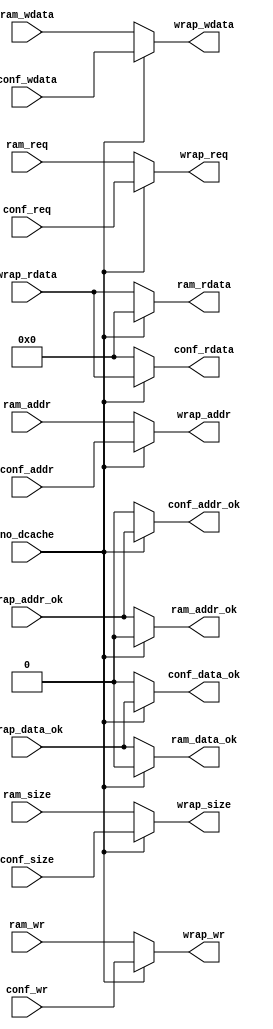
module bridge_2_1 (
    input no_dcache,

    input         ram_req     ,
    input         ram_wr      ,
    input  [1 :0] ram_size    ,
    input  [31:0] ram_addr    ,
    input  [31:0] ram_wdata   ,
    output [31:0] ram_rdata   ,
    output        ram_addr_ok ,
    output        ram_data_ok ,

    input         conf_req     ,
    input         conf_wr      ,
    input  [1 :0] conf_size    ,
    input  [31:0] conf_addr    ,
    input  [31:0] conf_wdata   ,
    output [31:0] conf_rdata   ,
    output        conf_addr_ok ,
    output        conf_data_ok ,

    output        wrap_req     ,
    output        wrap_wr      ,
    output [1 :0] wrap_size    ,
    output [31:0] wrap_addr    ,
    output [31:0] wrap_wdata   ,
    input  [31:0] wrap_rdata   ,
    input         wrap_addr_ok ,
    input         wrap_data_ok
);

    assign ram_rdata   = no_dcache ? 0 : wrap_rdata  ;
    assign ram_addr_ok = no_dcache ? 0 : wrap_addr_ok;
    assign ram_data_ok = no_dcache ? 0 : wrap_data_ok;

    assign conf_rdata   = no_dcache ? wrap_rdata   : 0;
    assign conf_addr_ok = no_dcache ? wrap_addr_ok : 0;
    assign conf_data_ok = no_dcache ? wrap_data_ok : 0;

    assign wrap_req   = no_dcache ? conf_req   : ram_req  ;
    assign wrap_wr    = no_dcache ? conf_wr    : ram_wr   ;
    assign wrap_size  = no_dcache ? conf_size  : ram_size ;
    assign wrap_addr  = no_dcache ? conf_addr  : ram_addr ;
    assign wrap_wdata = no_dcache ? conf_wdata : ram_wdata;

endmodule